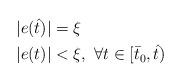
LaTeX: \begin{align*}|e(\hat{t})|&=\xi\\|e(t)|&<\xi, \, \, \forall t\in [\bar{t}_0,\hat{t})\end{align*}